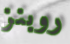
روبنز